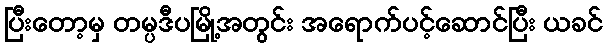
ပြီးတော့မှ တမ္ပဒီပမြို့အတွင်း အရောက်ပင့်ဆောင်ပြီး ယခင်